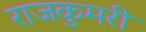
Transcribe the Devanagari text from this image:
राजकुमरी